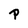
Character: P